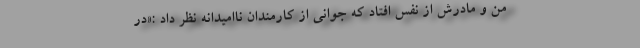
من و مادرش از نفس افتاد که جوانی از کارمندان ناامیدانه نظر داد :«در